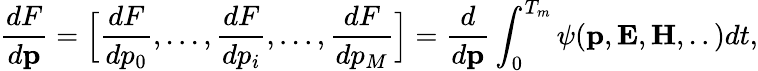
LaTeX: \frac{dF}{d\textbf{p}}=\Big[\frac{dF}{dp_{0}},...,\frac{dF}{dp_{i}},...,\frac{dF}{dp_{M}}\Big]=\frac{d}{d\textbf{p}}\int_{0}^{T_{m}}\psi(\textbf{p},\textbf{E},\textbf{H},..)dt,